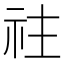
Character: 𥘭